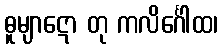
ဓူမျာဋော တု ကလိင်္ဂေါထ၊